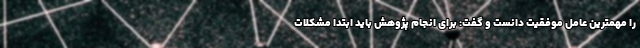
را مهمترین عامل موفقیت دانست و گفت: برای انجام پژوهش باید ابتدا مشکلات